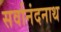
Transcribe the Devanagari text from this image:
सर्वानंदनाथ